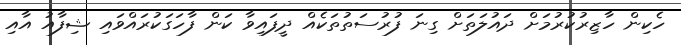
ހެކިން ހާޒިރުކުރުމަށް ދައުލަތަށް ގިނަ ފުރުސަތުތަކެއް ދީފައިވާ ކަން ފާހަގަކުރައްވައި ޝިފާއު އާއި